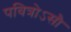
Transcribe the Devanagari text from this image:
पवित्रोऽसौ